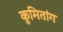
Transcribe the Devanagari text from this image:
कुमितांग